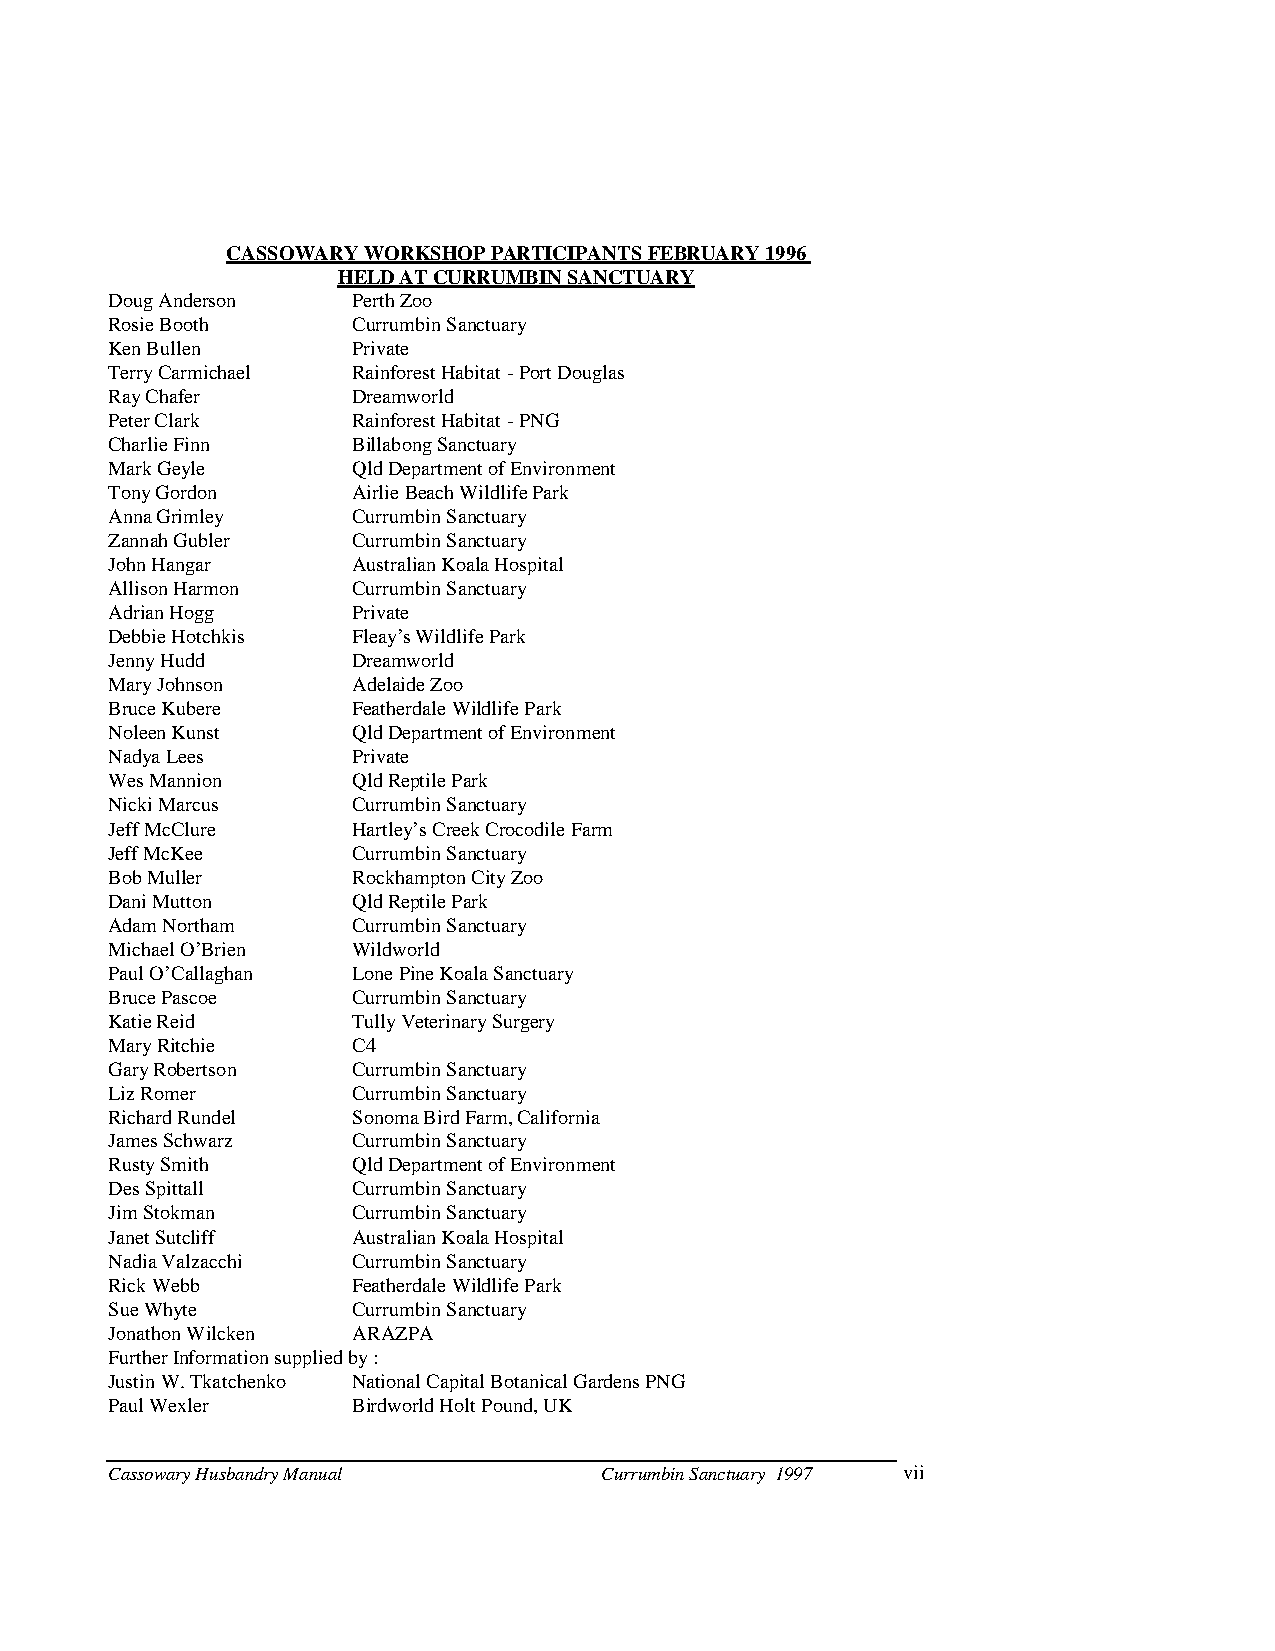
CASSOWARY WORKSHOP PARTICIPANTS FEBRUARY 1996
 HELD AT CURRUMBIN SANCTUARY
 Doug Anderson   Perth Zoo
 Rosie Booth     Currumbin Sanctuary
 Ken Bullen      Private
 Terry Carmichael Rainforest Habitat - Port Douglas
 Ray Chafer      Dreamworld
 Peter Clark     Rainforest Habitat - PNG
 Charlie Finn    Billabong Sanctuary
 Mark Geyle      Qld Department of Environment
 Tony Gordon     Airlie Beach Wildlife Park
 Anna Grimley    Currumbin Sanctuary
 Zannah Gubler   Currumbin Sanctuary
 John Hangar     Australian Koala Hospital
 Allison Harmon  Currumbin Sanctuary
 Adrian Hogg     Private
 Debbie Hotchkis Fleay“s Wildlife Park
 Jenny Hudd      Dreamworld
 Mary Johnson    Adelaide Zoo
 Bruce Kubere    Featherdale Wildlife Park
 Noleen Kunst    Qld Department of Environment
 Nadya Lees      Private
 Wes Mannion     Qld Reptile Park
 Nicki Marcus    Currumbin Sanctuary
 Jeff McClure    Hartley“s Creek Crocodile Farm
 Jeff McKee      Currumbin Sanctuary
 Bob Muller      Rockhampton City Zoo
 Dani Mutton     Qld Reptile Park
 Adam Northam    Currumbin Sanctuary
 Michael O“Brien Wildworld
 Paul O“Callaghan Lone Pine Koala Sanctuary
 Bruce Pascoe    Currumbin Sanctuary
 Katie Reid      Tully Veterinary Surgery
 Mary Ritchie    C4
 Gary Robertson  Currumbin Sanctuary
 Liz Romer       Currumbin Sanctuary
 Richard Rundel  Sonoma Bird Farm, California
 James Schwarz   Currumbin Sanctuary
 Rusty Smith     Qld Department of Environment
 Des Spittall    Currumbin Sanctuary
 Jim Stokman     Currumbin Sanctuary
 Janet Sutcliff  Australian Koala Hospital
 Nadia Valzacchi Currumbin Sanctuary
 Rick Webb       Featherdale Wildlife Park
 Sue Whyte       Currumbin Sanctuary
 Jonathon Wilcken ARAZPA
 Further Information supplied by :
 Justin W. Tkatchenko National Capital Botanical Gardens PNG
 Paul Wexler     Birdworld Holt Pound, UK
 Cassowary Husbandry Manual       Currumbin Sanctuary 1997 vii